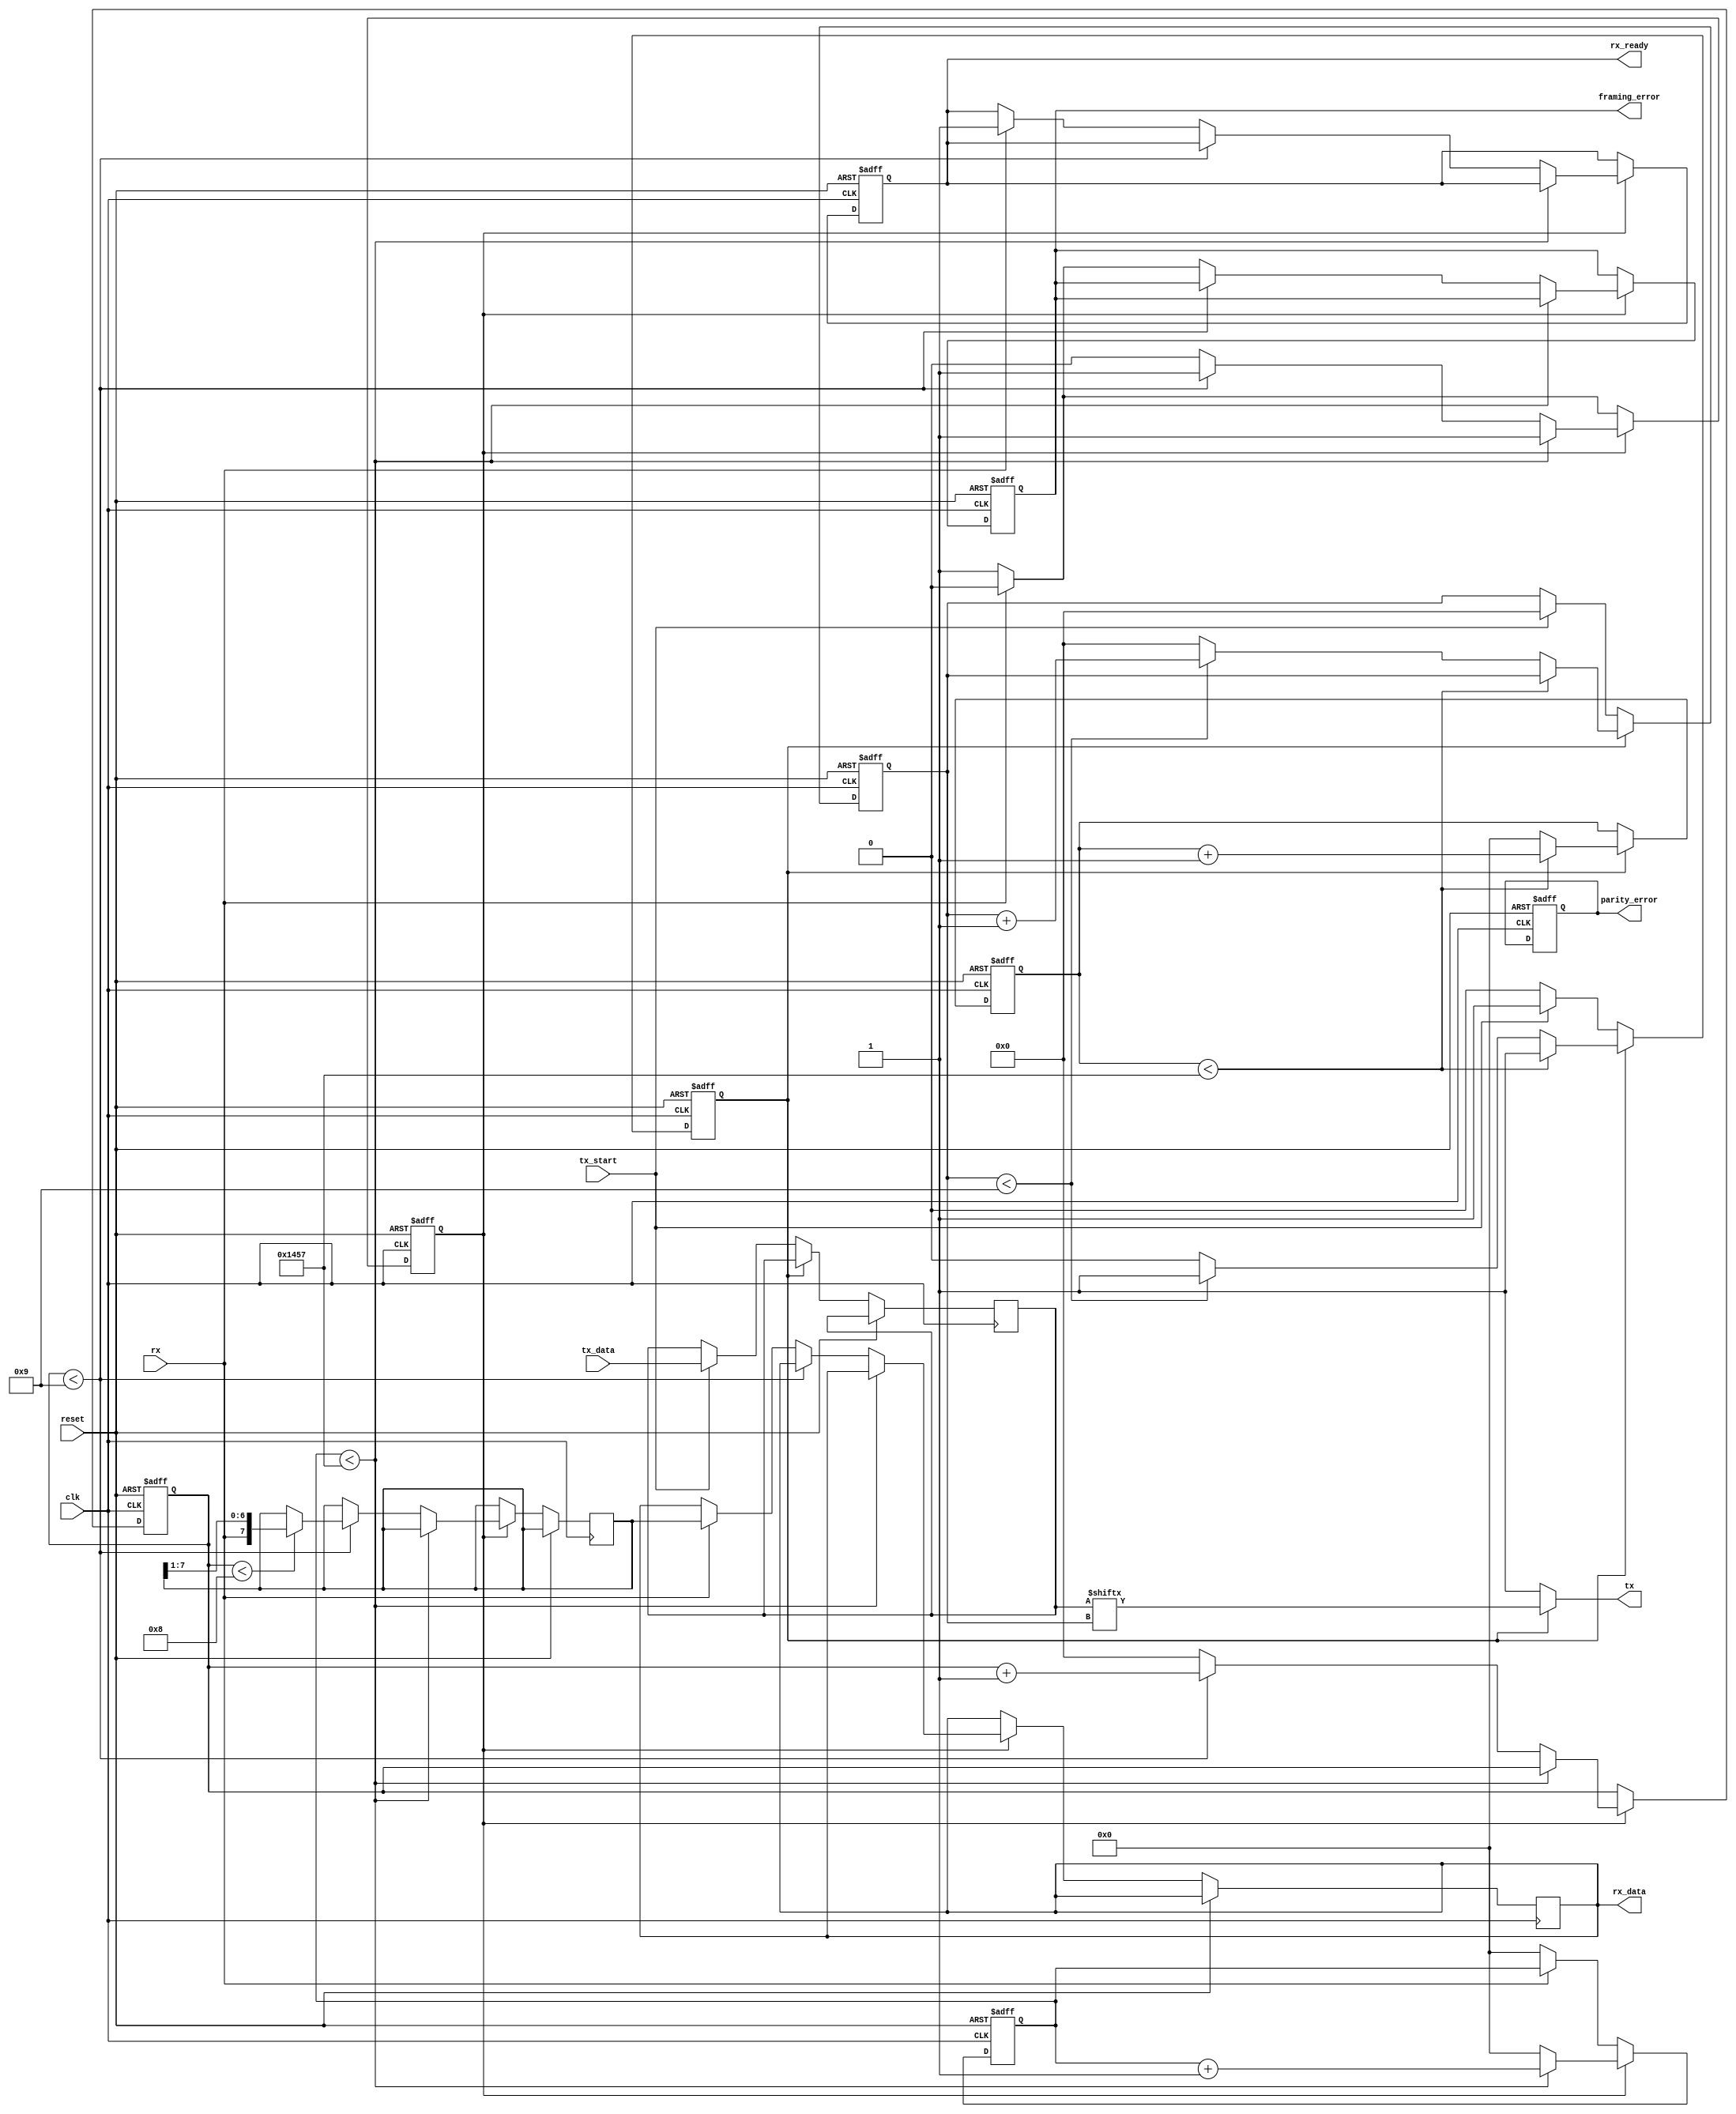
module parameterized_uart #(
    parameter BAUD_RATE = 9600,
    parameter DATA_BITS = 8,
    parameter STOP_BITS = 1,
    parameter PARITY = "NONE"  // Options: "NONE", "EVEN", "ODD"
)(
    input wire clk,
    input wire reset,
    input wire rx,                  // Serial input
    output wire tx,                 // Serial output
    input wire [DATA_BITS-1:0] tx_data, // Parallel data input for transmission
    input wire tx_start,            // Start transmission signal
    output reg [DATA_BITS-1:0] rx_data, // Received parallel data output
    output reg rx_ready,            // Indicates received data is ready
    output reg framing_error,       // Framing error flag
    output reg parity_error         // Parity error flag
);

    // Internal parameters
    localparam CLOCK_FREQ = 50_000_000; // Example clock frequency
    localparam BAUD_RATE_DIV = CLOCK_FREQ / BAUD_RATE;

    // TX parameters
    reg [3:0] tx_bit_count;
    reg [7:0] tx_shift_reg;
    reg tx_active;
    reg [15:0] tx_counter;

    // RX parameters
    reg [3:0] rx_bit_count;
    reg [7:0] rx_shift_reg;
    reg rx_active;
    reg [15:0] rx_counter;
    reg rx_sample;

    // Baud rate generator for TX
    always @(posedge clk or posedge reset) begin
        if (reset) begin
            tx_counter <= 0;
            tx_active <= 0;
            tx_bit_count <= 0;
        end else begin
            if (tx_active) begin
                if (tx_counter < BAUD_RATE_DIV - 1) begin
                    tx_counter <= tx_counter + 1;
                end else begin
                    tx_counter <= 0;
                    if (tx_bit_count < (DATA_BITS + STOP_BITS)) begin
                        tx_bit_count <= tx_bit_count + 1;
                    end else begin
                        tx_active <= 0;
                        tx_bit_count <= 0;
                    end
                end
            end else begin
                if (tx_start) begin
                    tx_shift_reg <= {1'b1, tx_data}; // Start bit + data
                    if (STOP_BITS == 2) tx_shift_reg <= {tx_shift_reg, 1'b1}; // Add second stop bit
                    tx_bit_count <= 0;
                    tx_active <= 1;
                end
            end
        end
    end

    // TX output generation
    assign tx = (tx_active) ? tx_shift_reg[tx_bit_count] : 1; // Idle high

    // RX sampling and shift register
    always @(posedge clk or posedge reset) begin
        if (reset) begin
            rx_counter <= 0;
            rx_active <= 0;
            rx_bit_count <= 0;
            rx_ready <= 0;
            framing_error <= 0;
            parity_error <= 0;
        end else begin
            if (rx_active) begin
                if (rx_counter < BAUD_RATE_DIV - 1) begin
                    rx_counter <= rx_counter + 1;
                end else begin
                    rx_counter <= 0;
                    if (rx_bit_count < (DATA_BITS + STOP_BITS)) begin
                        if (rx_bit_count < DATA_BITS) begin
                            rx_shift_reg <= {rx, rx_shift_reg[DATA_BITS-1:1]};
                        end
                        rx_bit_count <= rx_bit_count + 1;
                    end else begin
                        rx_active <= 0;
                        rx_bit_count <= 0;
                        // Check for stop bits
                        if (rx != 1) begin
                            framing_error <= 1;
                        end else begin
                            framing_error <= 0;
                            // Parity checking
                            if (PARITY == "EVEN") begin
                                // Count ones
                                if (^rx_shift_reg[DATA_BITS-1:0] != 0) parity_error <= 1;
                                else parity_error <= 0;
                            end else if (PARITY == "ODD") begin
                                if (^rx_shift_reg[DATA_BITS-1:0] != 1) parity_error <= 1;
                                else parity_error <= 0;
                            end
                            rx_data <= rx_shift_reg[DATA_BITS-1:0];
                            rx_ready <= 1;
                        end
                    end
                end
            end else begin
                if (rx == 0) begin // Start bit detected
                    rx_active <= 1;
                    rx_counter <= 0;
                end
            end
        end
    end

endmodule